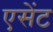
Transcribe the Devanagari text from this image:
एसेंट